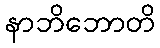
နာဘိဘောတိ